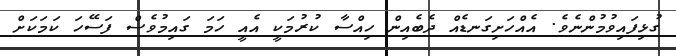
ގުޅިފައިވުމުންނެވެ. އެއްހަށިގަނޑެއް ދެބެއިން ހިއްސާ ކުރުމަކީ އެއީ ހަމަ ގައިމުވެސް ފަސޭހަ ކަމަކަށް